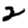
Digit: 2